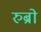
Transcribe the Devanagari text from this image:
रुब्रो